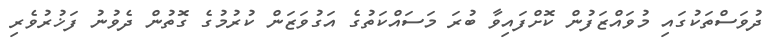
ދުވަސްތަކުގައި މުވައްޒަފުން ކޮށްފައިވާ ބުރަ މަސައްކަތުގެ އަގުވަޒަން ކުރުމުގެ ގޮތުން ދެވުނު ފަޚުރުވެރި